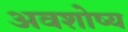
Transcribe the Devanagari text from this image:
अवशोष्य